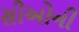
સીઓની